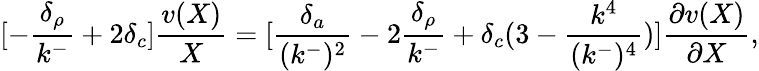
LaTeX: [-{\frac{\delta_{\rho}}{k^{-}}}+2\delta_{c}]{\frac{v(X)}{X}}=[{\frac{\delta_{a}}{(k^{-})^{2}}}-2{\frac{\delta_{\rho}}{k^{-}}}+\delta_{c}(3-{\frac{k^{4}}{(k^{-})^{4}}})]{\frac{\partial v(X)}{\partial X}},